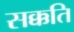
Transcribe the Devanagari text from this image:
सक्कति